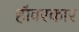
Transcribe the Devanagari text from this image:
हॉवरकार